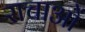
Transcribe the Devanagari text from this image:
राचाओं